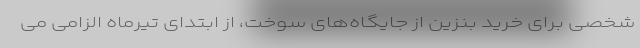
شخصی برای خرید بنزین از جایگاه‌های سوخت، از ابتدای تیرماه الزامی می